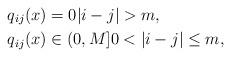
LaTeX: \begin{align*}q_{ij}(x) &=0 |i-j|>m, \\q_{ij}(x) &\in (0,M] 0<|i-j|\leq m,\end{align*}